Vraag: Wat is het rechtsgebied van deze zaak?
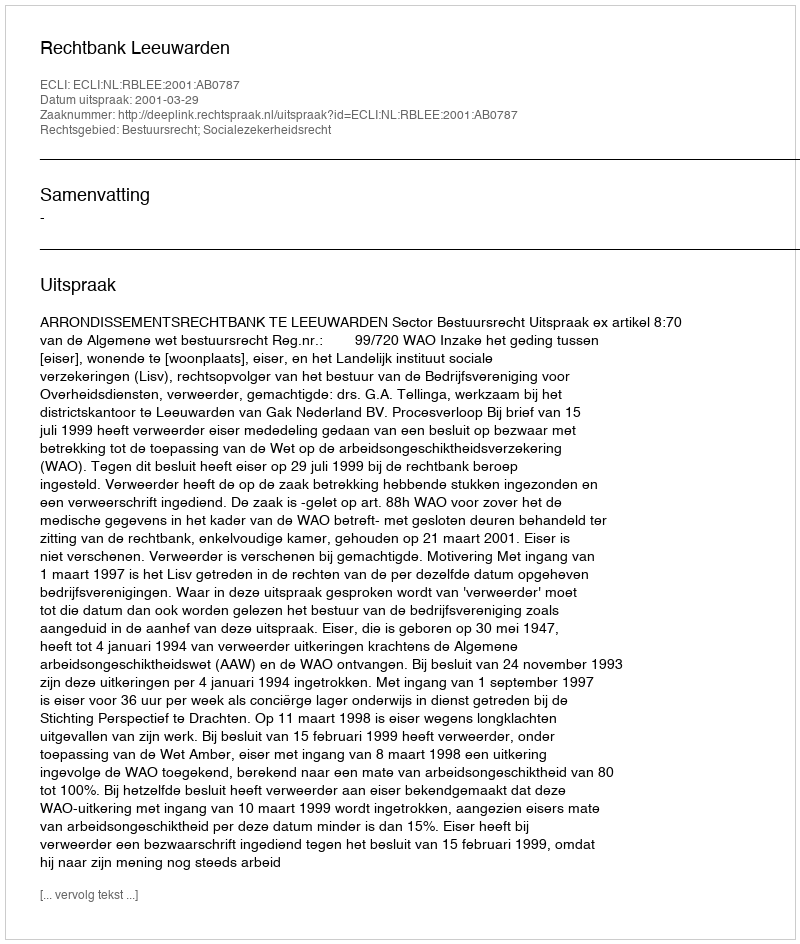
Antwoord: Bestuursrecht; Socialezekerheidsrecht